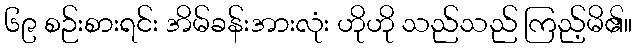
၆၉ စဉ်းစားရင်း အိမ်ခန်းအားလုံး ဟိုဟို သည်သည် ကြည့်မိ၏။